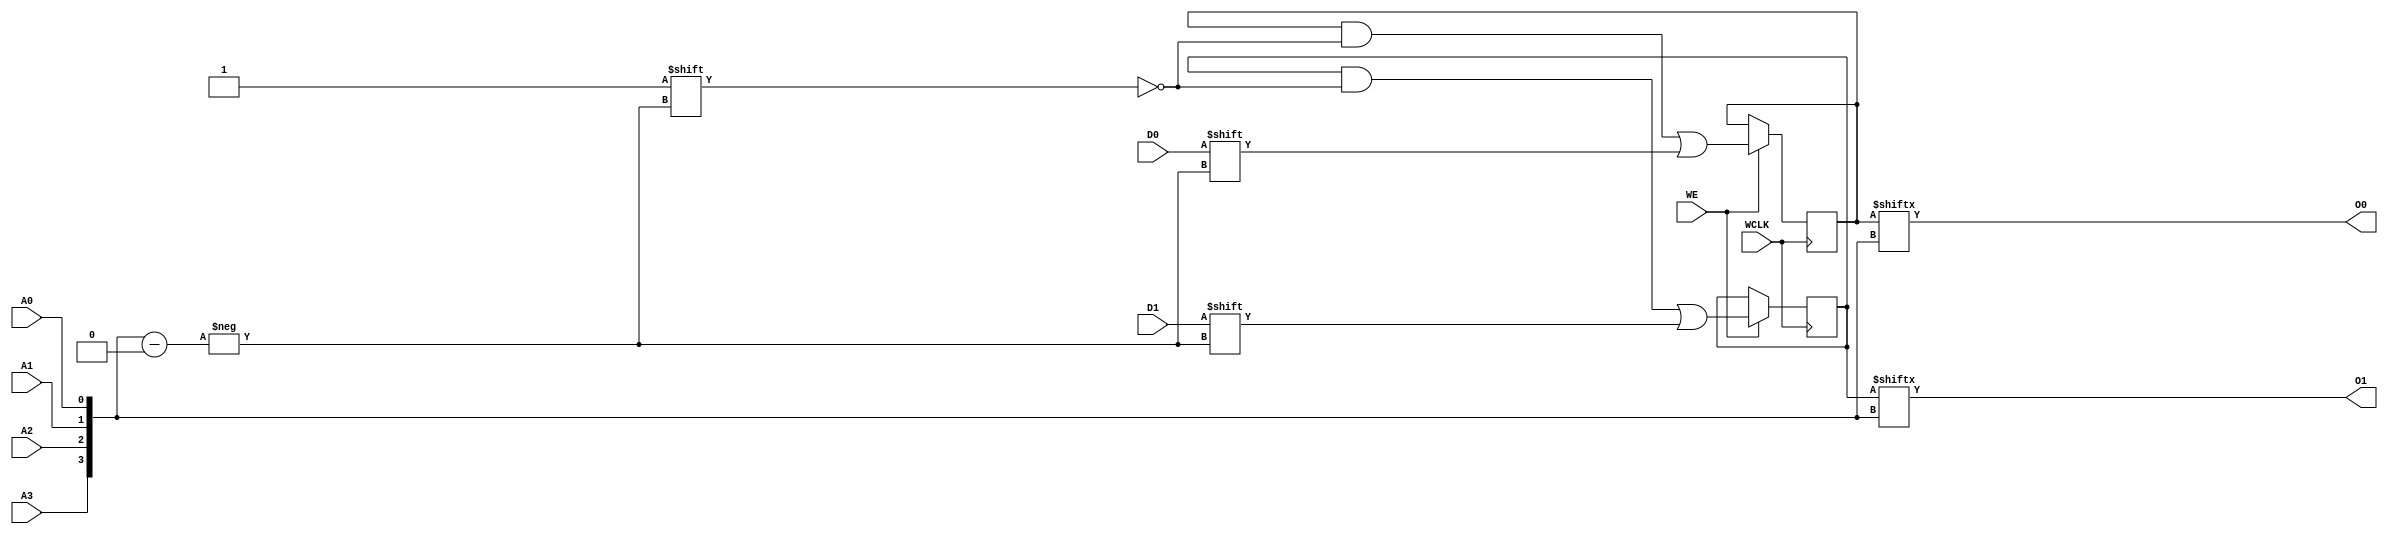
module RAM16X2S (
  output O0, O1,
  input A0, A1, A2, A3,
  input D0, D1,
  (* clkbuf_sink *)
  (* invertible_pin = "IS_WCLK_INVERTED" *)
  input WCLK,
  input WE
);
  parameter [15:0] INIT_00 = 16'h0000;
  parameter [15:0] INIT_01 = 16'h0000;
  parameter [0:0] IS_WCLK_INVERTED = 1'b0;
  wire [3:0] a = {A3, A2, A1, A0};
  wire clk = WCLK ^ IS_WCLK_INVERTED;
  reg [15:0] mem0 = INIT_00;
  reg [15:0] mem1 = INIT_01;
  assign O0 = mem0[a];
  assign O1 = mem1[a];
  always @(posedge clk)
    if (WE) begin
      mem0[a] <= D0;
      mem1[a] <= D1;
    end
endmodule